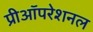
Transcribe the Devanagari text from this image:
प्रीऑपरेशनल